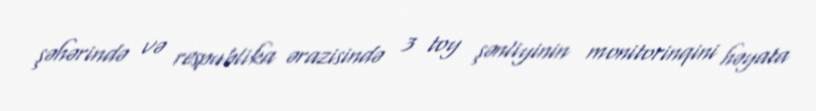
şəhərində və respublika ərazisində 3 toy şənliyinin monitorinqini həyata